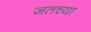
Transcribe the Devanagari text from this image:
जतच्या